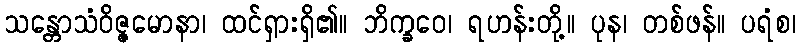
သန္တောသံဝိဇ္ဇမောနာ၊ ထင်ရှားရှိ၏။ ဘိက္ခဝေ၊ ရဟန်းတို့။ ပုန၊ တစ်ဖန်။ ပရံစ၊